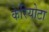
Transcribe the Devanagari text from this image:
केरियोटा